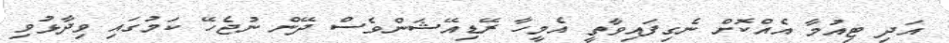
އަދި ޓިއުމާ އެއްކޮށް ނެގިފައިވާތީ އެމީހާ ރޭޑިއޭޝަންވެސް ދޭން ނުޖެހޭ ކަމުގައި ވިދާޅުވި